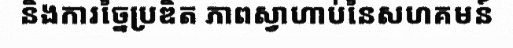
និងការច្នៃប្រឌិត ភាពស្វាហាប់នៃសហគមន៍